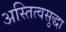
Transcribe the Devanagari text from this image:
अस्तित्वसुद्धा